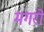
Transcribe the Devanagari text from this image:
मगरों